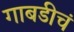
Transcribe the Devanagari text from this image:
गाबडीचं